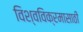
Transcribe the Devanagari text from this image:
विश्वविक्रमासाठी